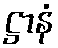
ဋ္ဌာနံ